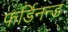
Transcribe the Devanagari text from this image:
फर्डिनन्ड